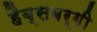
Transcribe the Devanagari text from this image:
हैब्सबर्गी